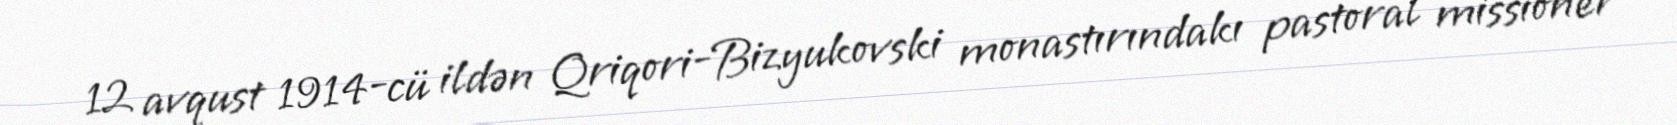
12 avqust 1914-cü ildən Qriqori-Bizyukovski monastırındakı pastoral missioner